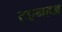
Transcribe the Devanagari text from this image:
टएनहअ